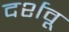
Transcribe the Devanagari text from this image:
दर्शवू